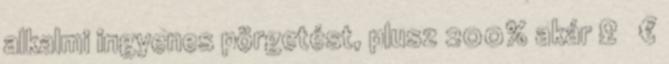
alkalmi ingyenes pörgetést, plusz 200% akár £ €